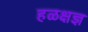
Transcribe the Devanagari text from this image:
हळक्षज्ञ